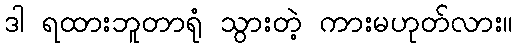
ဒါ ရထားဘူတာရုံ သွားတဲ့ ကားမဟုတ်လား။